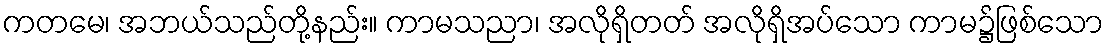
ကတမေ၊ အဘယ်သည်တို့နည်း။ ကာမသညာ၊ အလိုရှိတတ် အလိုရှိအပ်သော ကာမ၌ဖြစ်သော